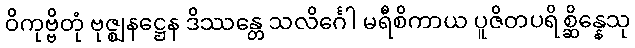
ဝိကုဗ္ဗိတုံ ဗုဇ္ဈနဋ္ဌေန ဒိဿန္တေ သလိင်္ဂေါ မရီစိကာယ ပူဇိတပရိစ္ဆိန္နေသု